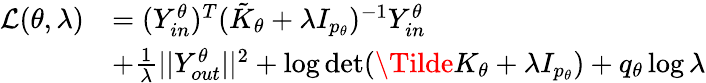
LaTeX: \begin{array}{rl}{\mathcal{L}(\theta,\lambda)}&{=(Y_{in}^{\theta})^{T}(\tilde{K}_{\theta}+\lambda I_{p_{\theta}})^{-1}Y_{in}^{\theta}}\\ &{+\frac{1}{\lambda}||Y_{out}^{\theta}||^{2}+\log\operatorname*{det}(\Tilde{K}_{\theta}+\lambda I_{p_{\theta}})+q_{\theta}\log\lambda}\end{array}